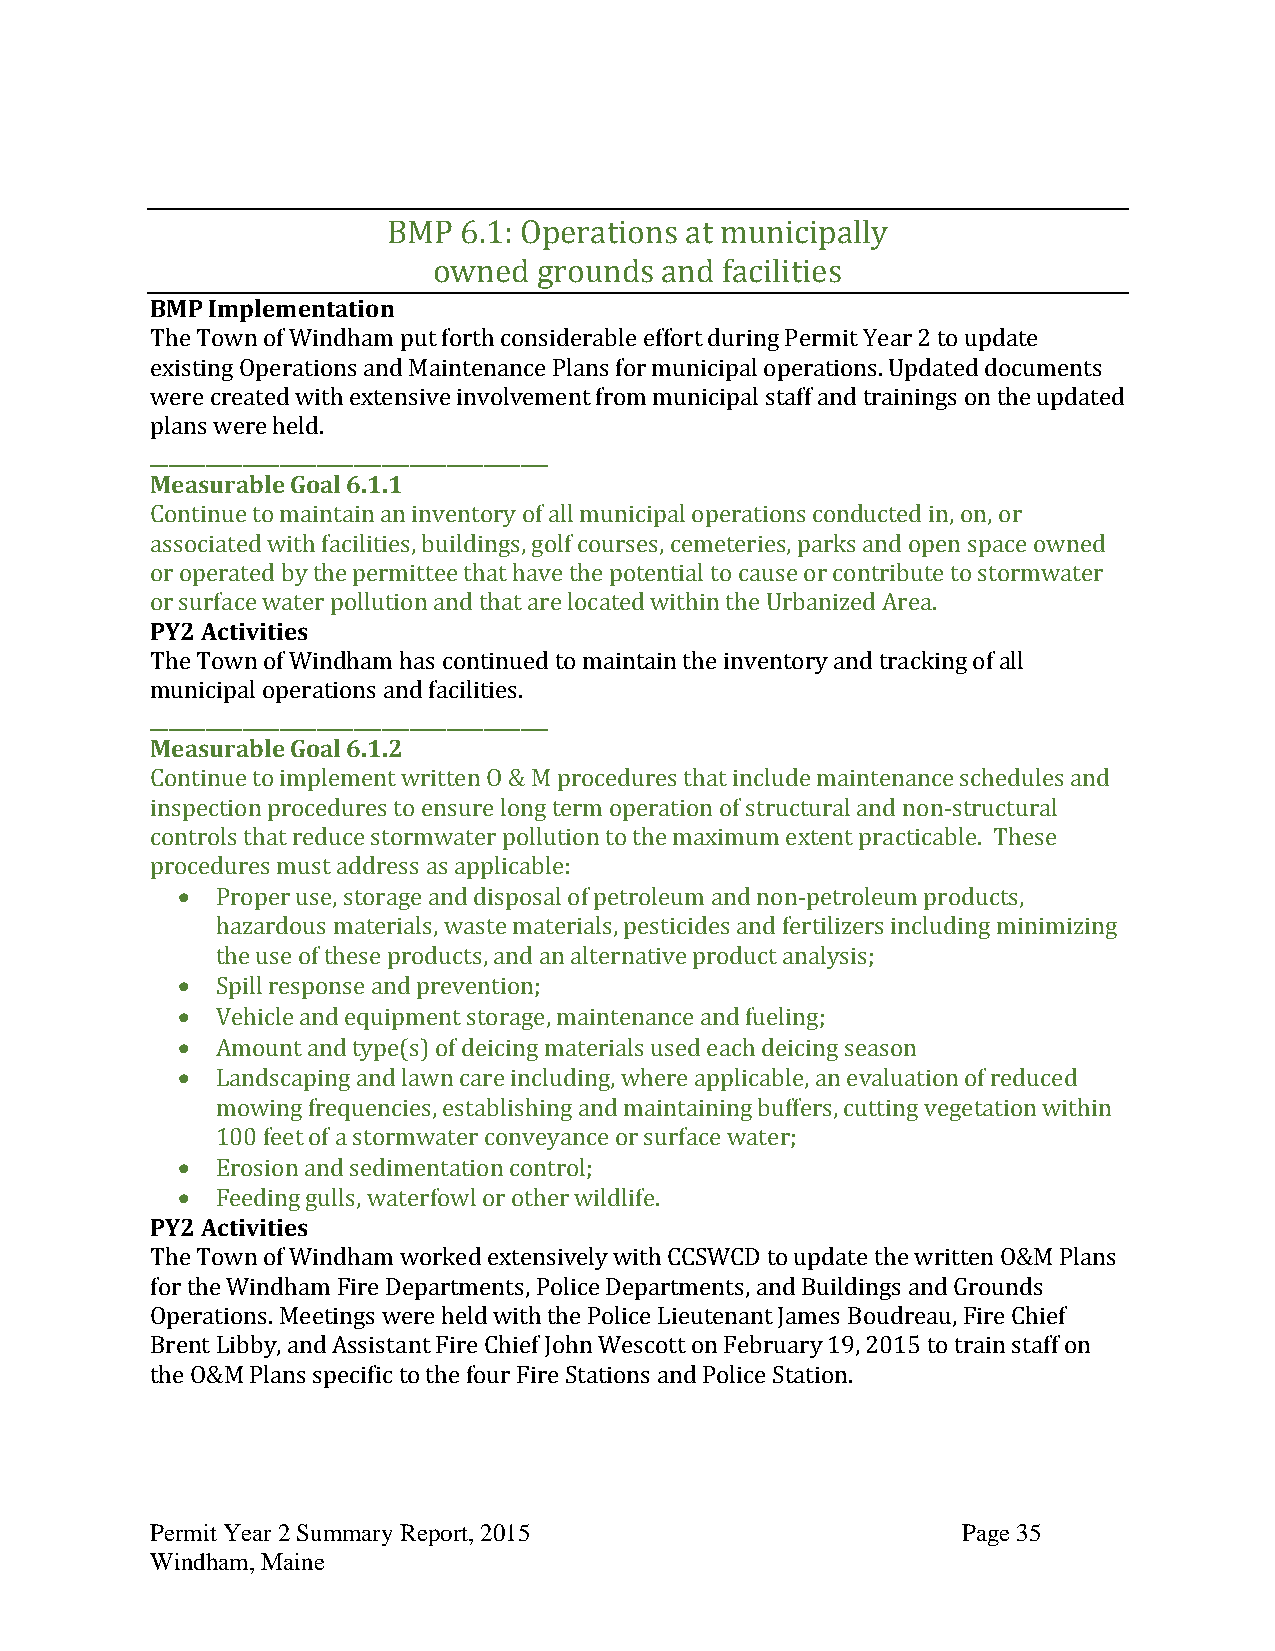
BMP 6.1: Operations at municipally
 owned  grounds and facilities
 BMP Implementation
 The Town of Windham put forth considerable effort during Permit Year 2 to update
 existing Operations and Maintenance Plans for municipal operations. Updated documents
 were created with extensive involvement from municipal staff and trainings on the updated
 plans were held.
 ___________________________________________
 Measurable Goal 6.1.1
 Continue to maintain an inventory of all municipal operations conducted in, on, or
 associated with facilities, buildings, golf courses, cemeteries, parks and open space owned
 or operated by the permittee that have the potential to cause or contribute to stormwater
 or surface water pollution and that are located within the Urbanized Area.
 PY2 Activities
 The Town of Windham has continued to maintain the inventory and tracking of all
 municipal operations and facilities.
 ___________________________________________
 Measurable Goal 6.1.2
 Continue to implement written O & M procedures that include maintenance schedules and
 inspection procedures to ensure long term operation of structural and non-structural
 controls that reduce stormwater pollution to the maximum extent practicable. These
 procedures must address as applicable:
  Proper use, storage and disposal of petroleum and non-petroleum products,
 hazardous materials, waste materials, pesticides and fertilizers including minimizing
 the use of these products, and an alternative product analysis;
  Spill response and prevention;
  Vehicle and equipment storage, maintenance and fueling;
  Amount and type(s) of deicing materials used each deicing season
  Landscaping and lawn care including, where applicable, an evaluation of reduced
 mowing frequencies, establishing and maintaining buffers, cutting vegetation within
 100 feet of a stormwater conveyance or surface water;
  Erosion and sedimentation control;
  Feeding gulls, waterfowl or other wildlife.
 PY2 Activities
 The Town of Windham worked extensively with CCSWCD to update the written O&M Plans
 for the Windham Fire Departments, Police Departments, and Buildings and Grounds
 Operations. Meetings were held with the Police Lieutenant James Boudreau, Fire Chief
 Brent Libby, and Assistant Fire Chief John Wescott on February 19, 2015 to train staff on
 the O&M Plans specific to the four Fire Stations and Police Station.
 Permit Year 2 Summary Report, 2015                    Page 35
 Windham, Maine